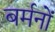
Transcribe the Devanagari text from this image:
बर्मनों